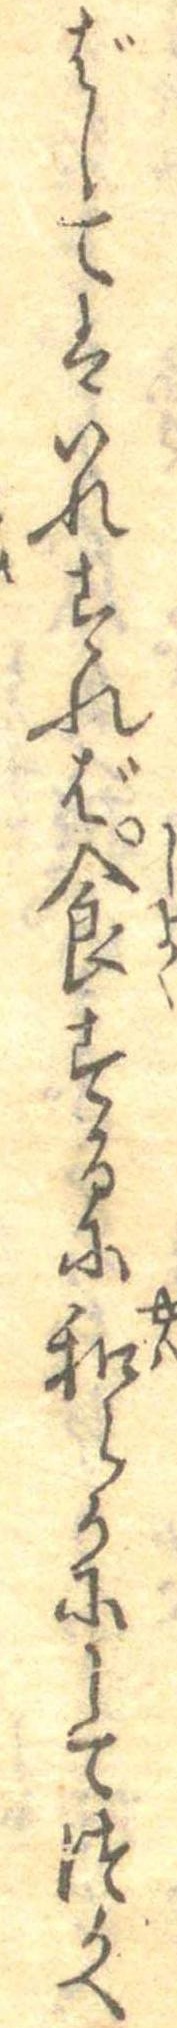
ばしてはいれすれば食するに和らかにしてつかへ